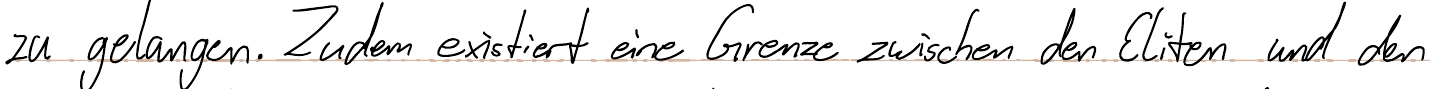
zu gelangen. Zudem existiert eine Grenze zwischen den Eliten und den